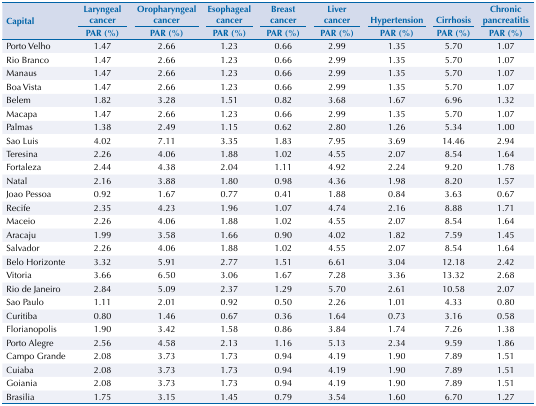
<table><thead><tr><td rowspan="3"><b>Capital</b></td><td><b>Laryngeal cancer</b></td><td><b>Oropharyngeal cancer</b></td><td><b>Esophageal cancer</b></td><td><b>Breast cancer</b></td><td><b>Liver cancer</b></td><td><b>Hypertension</b></td><td><b>Cirrhosis</b></td><td><b>Chronic pancreatitis</b></td></tr><tr><td><b>PAR (%)</b></td><td><b>PAR (%)</b></td><td><b>PAR (%)</b></td><td><b>PAR (%)</b></td><td><b>PAR (%)</b></td><td><b>PAR (%)</b></td><td><b>PAR (%)</b></td><td><b>PAR (%)</b></td></tr></thead><tbody><tr><td>Porto Velho</td><td>1.47</td><td>2.66</td><td>1.23</td><td>0.66</td><td>2.99</td><td>1.35</td><td>5.70</td><td>1.07</td></tr><tr><td>Rio Branco</td><td>1.47</td><td>2.66</td><td>1.23</td><td>0.66</td><td>2.99</td><td>1.35</td><td>5.70</td><td>1.07</td></tr><tr><td>Manaus</td><td>1.47</td><td>2.66</td><td>1.23</td><td>0.66</td><td>2.99</td><td>1.35</td><td>5.70</td><td>1.07</td></tr><tr><td>Boa Vista</td><td>1.47</td><td>2.66</td><td>1.23</td><td>0.66</td><td>2.99</td><td>1.35</td><td>5.70</td><td>1.07</td></tr><tr><td>Belem</td><td>1.82</td><td>3.28</td><td>1.51</td><td>0.82</td><td>3.68</td><td>1.67</td><td>6.96</td><td>1.32</td></tr><tr><td>Macapa</td><td>1.47</td><td>2.66</td><td>1.23</td><td>0.66</td><td>2.99</td><td>1.35</td><td>5.70</td><td>1.07</td></tr><tr><td>Palmas</td><td>1.38</td><td>2.49</td><td>1.15</td><td>0.62</td><td>2.80</td><td>1.26</td><td>5.34</td><td>1.00</td></tr><tr><td>Sao Luis</td><td>4.02</td><td>7.11</td><td>3.35</td><td>1.83</td><td>7.95</td><td>3.69</td><td>14.46</td><td>2.94</td></tr><tr><td>Teresina</td><td>2.26</td><td>4.06</td><td>1.88</td><td>1.02</td><td>4.55</td><td>2.07</td><td>8.54</td><td>1.64</td></tr><tr><td>Fortaleza</td><td>2.44</td><td>4.38</td><td>2.04</td><td>1.11</td><td>4.92</td><td>2.24</td><td>9.20</td><td>1.78</td></tr><tr><td>Natal</td><td>2.16</td><td>3.88</td><td>1.80</td><td>0.98</td><td>4.36</td><td>1.98</td><td>8.20</td><td>1.57</td></tr><tr><td>Joao Pessoa</td><td>0.92</td><td>1.67</td><td>0.77</td><td>0.41</td><td>1.88</td><td>0.84</td><td>3.63</td><td>0.67</td></tr><tr><td>Recife</td><td>2.35</td><td>4.23</td><td>1.96</td><td>1.07</td><td>4.74</td><td>2.16</td><td>8.88</td><td>1.71</td></tr><tr><td>Maceio</td><td>2.26</td><td>4.06</td><td>1.88</td><td>1.02</td><td>4.55</td><td>2.07</td><td>8.54</td><td>1.64</td></tr><tr><td>Aracaju</td><td>1.99</td><td>3.58</td><td>1.66</td><td>0.90</td><td>4.02</td><td>1.82</td><td>7.59</td><td>1.45</td></tr><tr><td>Salvador</td><td>2.26</td><td>4.06</td><td>1.88</td><td>1.02</td><td>4.55</td><td>2.07</td><td>8.54</td><td>1.64</td></tr><tr><td>Belo Horizonte</td><td>3.32</td><td>5.91</td><td>2.77</td><td>1.51</td><td>6.61</td><td>3.04</td><td>12.18</td><td>2.42</td></tr><tr><td>Vitoria</td><td>3.66</td><td>6.50</td><td>3.06</td><td>1.67</td><td>7.28</td><td>3.36</td><td>13.32</td><td>2.68</td></tr><tr><td>Rio de Janeiro</td><td>2.84</td><td>5.09</td><td>2.37</td><td>1.29</td><td>5.70</td><td>2.61</td><td>10.58</td><td>2.07</td></tr><tr><td>Sao Paulo</td><td>1.11</td><td>2.01</td><td>0.92</td><td>0.50</td><td>2.26</td><td>1.01</td><td>4.33</td><td>0.80</td></tr><tr><td>Curitiba</td><td>0.80</td><td>1.46</td><td>0.67</td><td>0.36</td><td>1.64</td><td>0.73</td><td>3.16</td><td>0.58</td></tr><tr><td>Florianopolis</td><td>1.90</td><td>3.42</td><td>1.58</td><td>0.86</td><td>3.84</td><td>1.74</td><td>7.26</td><td>1.38</td></tr><tr><td>Porto Alegre</td><td>2.56</td><td>4.58</td><td>2.13</td><td>1.16</td><td>5.13</td><td>2.34</td><td>9.59</td><td>1.86</td></tr><tr><td>Campo Grande</td><td>2.08</td><td>3.73</td><td>1.73</td><td>0.94</td><td>4.19</td><td>1.90</td><td>7.89</td><td>1.51</td></tr><tr><td>Cuiaba</td><td>2.08</td><td>3.73</td><td>1.73</td><td>0.94</td><td>4.19</td><td>1.90</td><td>7.89</td><td>1.51</td></tr><tr><td>Goiania</td><td>2.08</td><td>3.73</td><td>1.73</td><td>0.94</td><td>4.19</td><td>1.90</td><td>7.89</td><td>1.51</td></tr><tr><td>Brasilia</td><td>1.75</td><td>3.15</td><td>1.45</td><td>0.79</td><td>3.54</td><td>1.60</td><td>6.70</td><td>1.27</td></tr></tbody></table>